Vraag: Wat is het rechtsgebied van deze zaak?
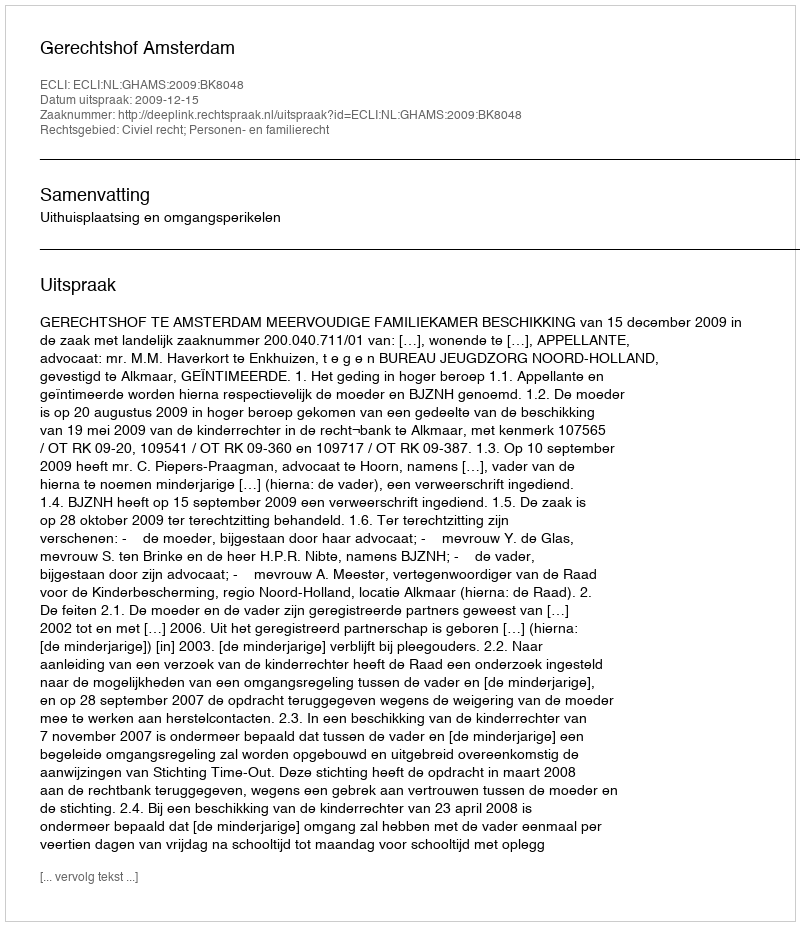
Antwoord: Civiel recht; Personen- en familierecht